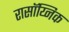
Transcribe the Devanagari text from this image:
रासॉय्निक